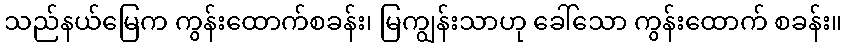
သည်နယ်မြေက ကွန်းထောက်စခန်း၊ မြကျွန်းသာဟု ခေါ်သော ကွန်းထောက် စခန်း။